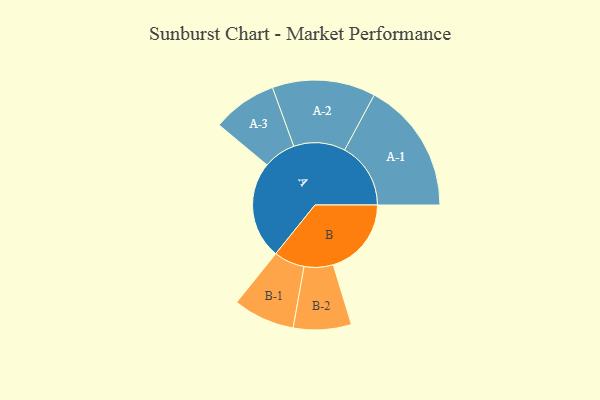
{"axis": {"x": "Segment", "y": "Value"}, "legend": ["", "A", "B"], "data": [{"x": "A", "y": 370, "type": ""}, {"x": "B", "y": 297, "type": ""}, {"x": "A-1", "y": 251, "type": "A"}, {"x": "A-2", "y": 196, "type": "A"}, {"x": "A-3", "y": 123, "type": "A"}, {"x": "B-1", "y": 117, "type": "B"}, {"x": "B-2", "y": 110, "type": "B"}]}